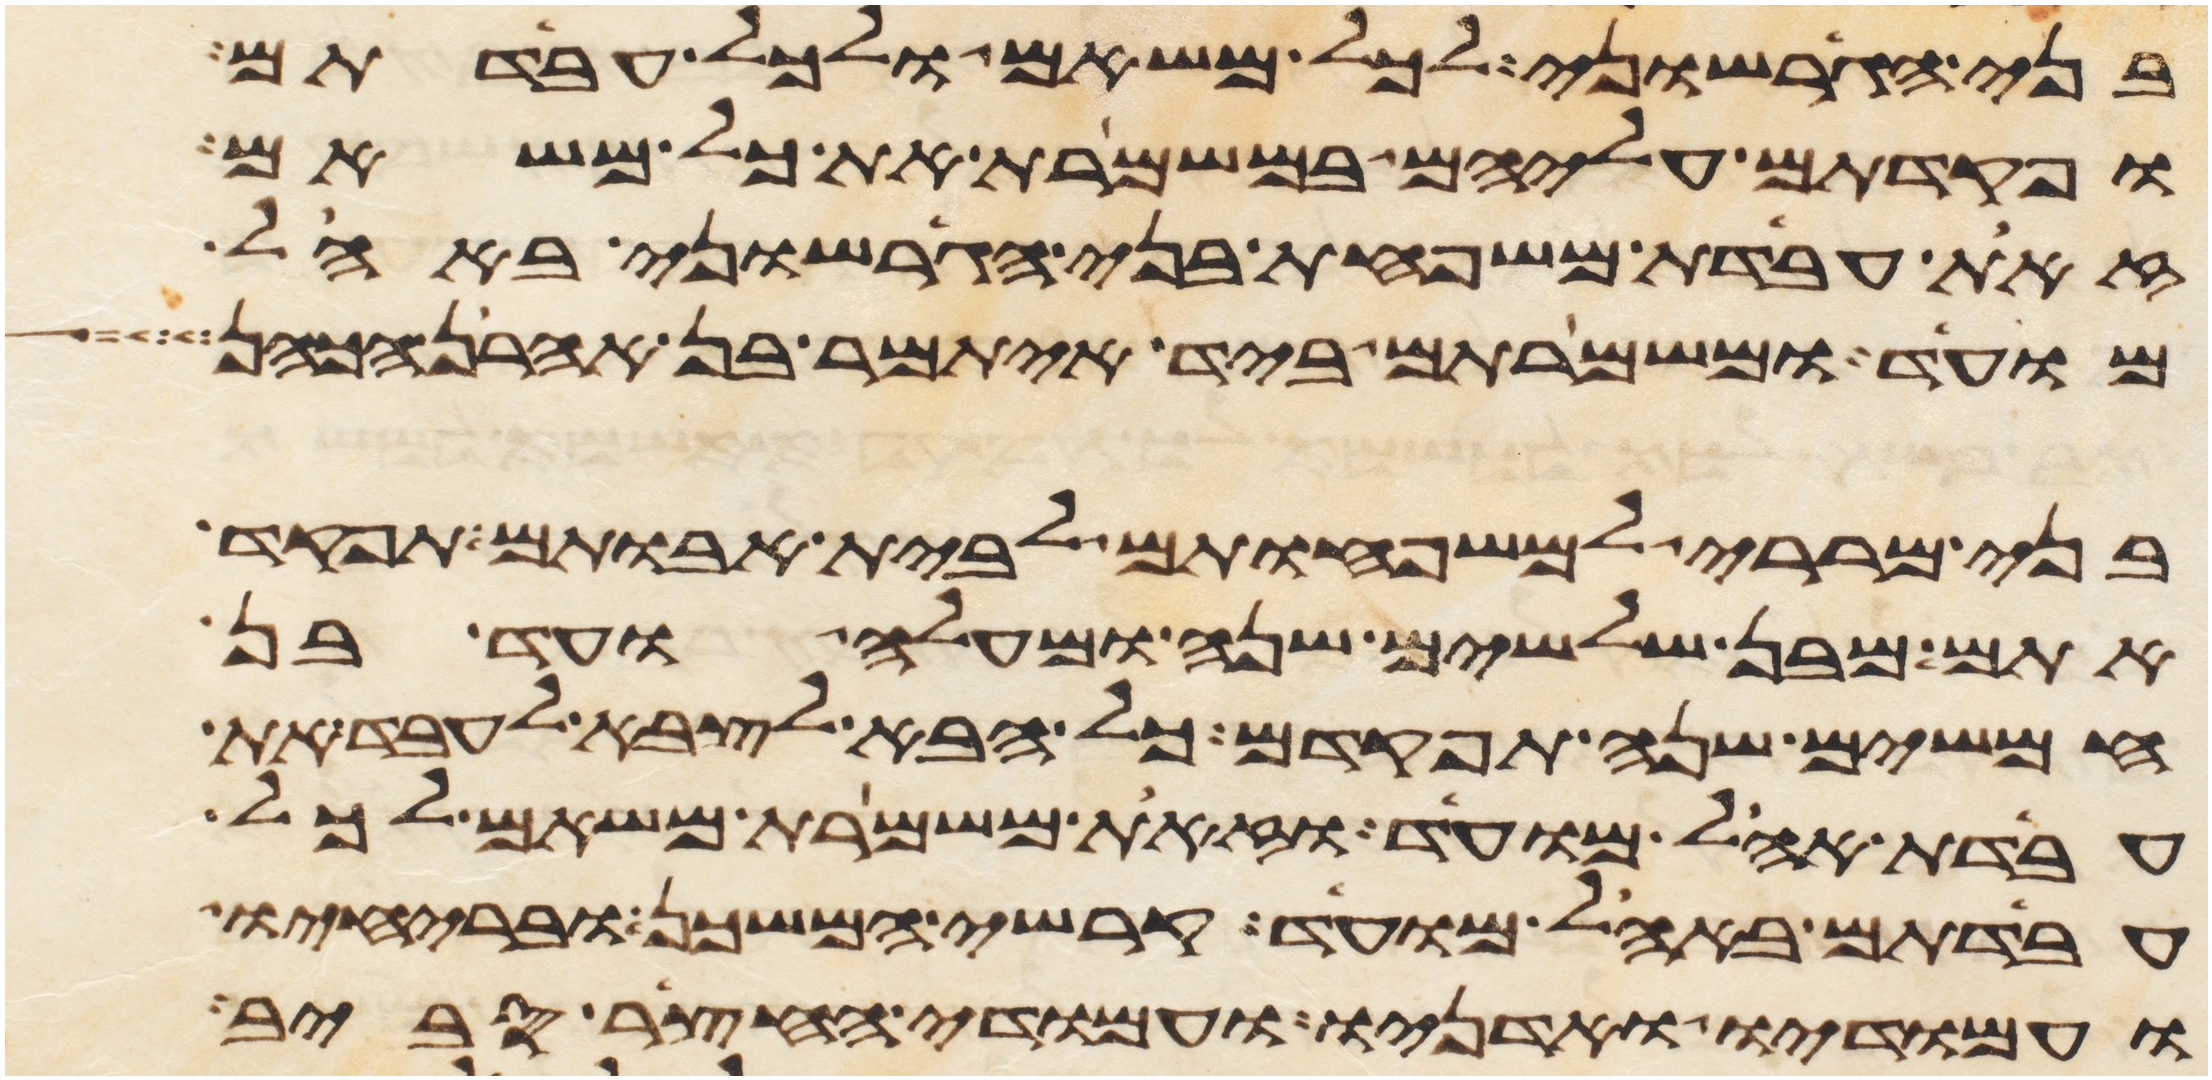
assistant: בני הגרשוני לכל משאם ולכל עבדתם
ופקדתם עליהם במשמרת את כל משאם
זאת עבדת משפחת בני הגרשוני באהל
מועד ומשמרתם ביד איתמר בן אהרן הכהן
בני מררי למשפחותם לבית אבותם תפקד
אתם מבן שלשים שנה ומעלה ועד בן
חמשים שנה תפקדם כל הבא לצבא לעבד את
עבדת אהל מועד וזאת משמרת משאם לכל
עבדתם באהל מועד קרשי המשכן ובריחיו
ועמודיו ואדניו ועמודי החצר סביב